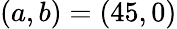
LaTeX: (a,b)=(45,0)